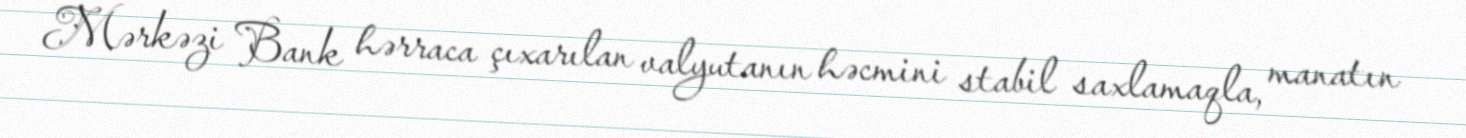
Mərkəzi Bank hərraca çıxarılan valyutanın həcmini stabil saxlamaqla, manatın